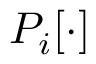
P _ { i } [ \cdot ]